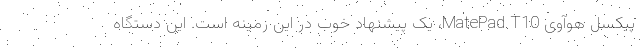
پیکسل هوآوی MatePad T10، یک پیشنهاد خوب در این زمینه است. این دستگاه